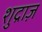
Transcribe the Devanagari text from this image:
शुद्राज़